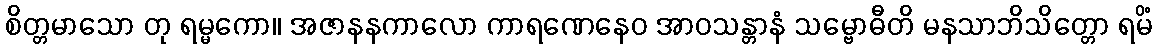
စိတ္တမာသော တု ရမ္မကော။ အဇာနနကာလော ကာရဏေနေဝ အာဝသန္တာနံ သမ္ဗောဓီတိ မနသာဘိသိတ္တော ရမိံ